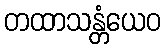
တထာသန္တံယေဝ